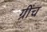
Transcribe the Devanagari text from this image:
ग्रींच